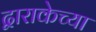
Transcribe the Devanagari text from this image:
द्वाराकेच्या